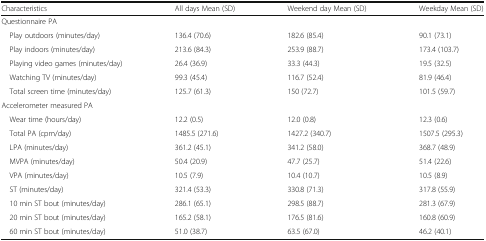
<table><thead><tr><td><b>Characteristics</b></td><td><b>All days Mean (SD)</b></td><td><b>Weekend day Mean (SD)</b></td><td><b>Weekday Mean (SD)</b></td></tr></thead><tbody><tr><td colspan="4">Questionnaire PA</td></tr><tr><td> Play outdoors (minutes/day)</td><td>136.4 (70.6)</td><td>182.6 (85.4)</td><td>90.1 (73.1)</td></tr><tr><td> Play indoors (minutes/day)</td><td>213.6 (84.3)</td><td>253.9 (88.7)</td><td>173.4 (103.7)</td></tr><tr><td> Playing video games (minutes/day)</td><td>26.4 (36.9)</td><td>33.3 (44.3)</td><td>19.5 (32.5)</td></tr><tr><td> Watching TV (minutes/day)</td><td>99.3 (45.4)</td><td>116.7 (52.4)</td><td>81.9 (46.4)</td></tr><tr><td> Total screen time (minutes/day)</td><td>125.7 (61.3)</td><td>150 (72.7)</td><td>101.5 (59.7)</td></tr><tr><td colspan="4">Accelerometer measured PA</td></tr><tr><td> Wear time (hours/day)</td><td>12.2 (0.5)</td><td>12.0 (0.8)</td><td>12.3 (0.6)</td></tr><tr><td> Total PA (cpm/day)</td><td>1485.5 (271.6)</td><td>1427.2 (340.7)</td><td>1507.5 (295.3)</td></tr><tr><td> LPA (minutes/day)</td><td>361.2 (45.1)</td><td>341.2 (58.0)</td><td>368.7 (48.9)</td></tr><tr><td> MVPA (minutes/day)</td><td>50.4 (20.9)</td><td>47.7 (25.7)</td><td>51.4 (22.6)</td></tr><tr><td> VPA (minutes/day)</td><td>10.5 (7.9)</td><td>10.4 (10.7)</td><td>10.5 (8.9)</td></tr><tr><td> ST (minutes/day)</td><td>321.4 (53.3)</td><td>330.8 (71.3)</td><td>317.8 (55.9)</td></tr><tr><td> 10 min ST bout (minutes/day)</td><td>286.1 (65.1)</td><td>298.5 (88.7)</td><td>281.3 (67.9)</td></tr><tr><td> 20 min ST bout (minutes/day)</td><td>165.2 (58.1)</td><td>176.5 (81.6)</td><td>160.8 (60.9)</td></tr><tr><td> 60 min ST bout (minutes/day)</td><td>51.0 (38.7)</td><td>63.5 (67.0)</td><td>46.2 (40.1)</td></tr></tbody></table>